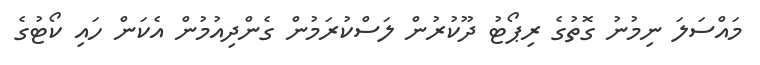
މައްސަލަ ނިމުނު ގޮތުގެ ރިޕޯޓު ދޫކުރުން ލަސްކުރަމުން ގެންދިއުމުން އެކަން ހައި ކޯޓުގެ